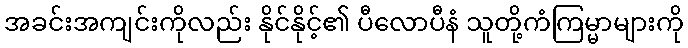
အခင်းအကျင်းကိုလည်း နိုင်နိုင့်၏ ပီလောပီနံ သူတို့ကံကြမ္မာများကို